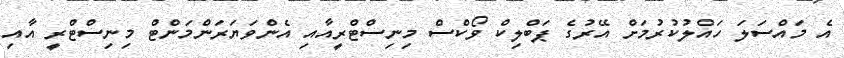
އެ މައްސަލަ ހައްލުކުރުމަށް އޭރުގެ ޕަބްލިކް ވޯކްސް މިނިސްޓްރީއާއި އެންވަޔަރަންމަންޓް މިނިސްޓްރީ އާއި